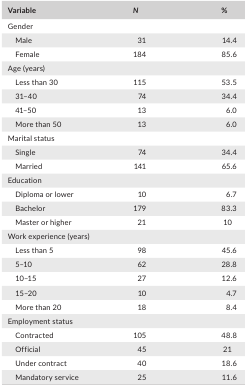
| Variable | N | % |
 | --- | --- | --- |
 | <COLSPAN=3> Gender |
 | Male | 31 | 14.4 |
 | Female | 184 | 85.6 |
 | <COLSPAN=3> Age (years) |
 | Less than 30 | 115 | 53.5 |
 | 31–40 | 74 | 34.4 |
 | 41–50 | 13 | 6.0 |
 | More than 50 | 13 | 6.0 |
 | <COLSPAN=3> Marital status |
 | Single | 74 | 34.4 |
 | Married | 141 | 65.6 |
 | <COLSPAN=3> Education |
 | Diploma or lower | 10 | 6.7 |
 | Bachelor | 179 | 83.3 |
 | Master or higher | 21 | 10 |
 | <COLSPAN=3> Work experience (years) |
 | Less than 5 | 98 | 45.6 |
 | 5–10 | 62 | 28.8 |
 | 10–15 | 27 | 12.6 |
 | 15–20 | 10 | 4.7 |
 | More than 20 | 18 | 8.4 |
 | <COLSPAN=3> Employment status |
 | Contracted | 105 | 48.8 |
 | Official | 45 | 21 |
 | Under contract | 40 | 18.6 |
 | Mandatory service | 25 | 11.6 |